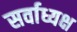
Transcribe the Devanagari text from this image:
सर्वाध्यक्ष